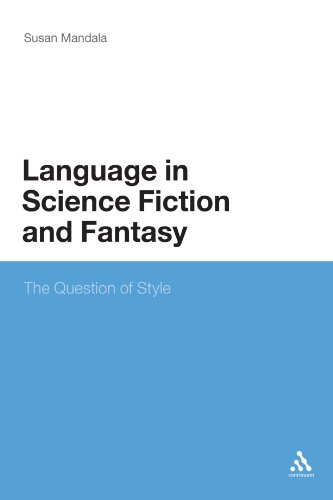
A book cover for The Language in Science Fiction and Fantasy: The Question of Style; Susan Mandala; Science Fiction & Fantasy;